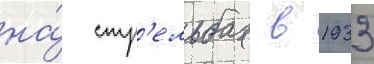
на́ стр'ельбах в 1933